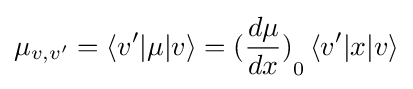
{{\mu }_{v,v'}}=\left\langle v'|\mu |v\right\rangle ={{({\frac {d\mu }{dx}})}_{0}}\left\langle v'|x|v\right\rangle